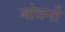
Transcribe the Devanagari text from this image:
बोवनी